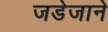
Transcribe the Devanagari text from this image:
जडेजाने